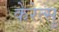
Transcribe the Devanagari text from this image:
केरेत्सु